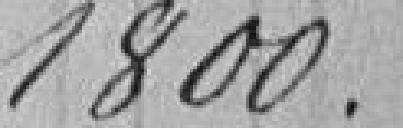
1800.